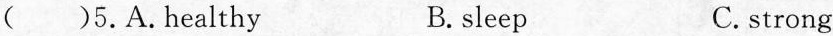
( )5.A.healthy B.sleep C.strong